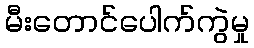
မီးတောင်ပေါက်ကွဲမှု